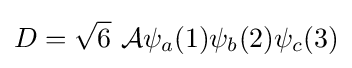
D={\sqrt {6}}\ {\mathcal {A}}\psi _{a}(1)\psi _{b}(2)\psi _{c}(3)